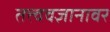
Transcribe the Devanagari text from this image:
तत्त्ववज्ञानावर